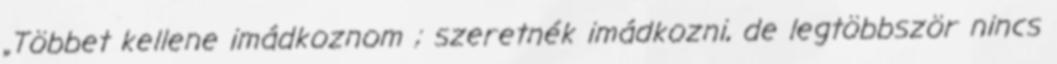
„Többet kellene imádkoznom ; szeretnék imádkozni, de legtöbbször nincs